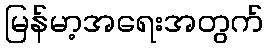
မြန်မာ့အရေးအတွက်